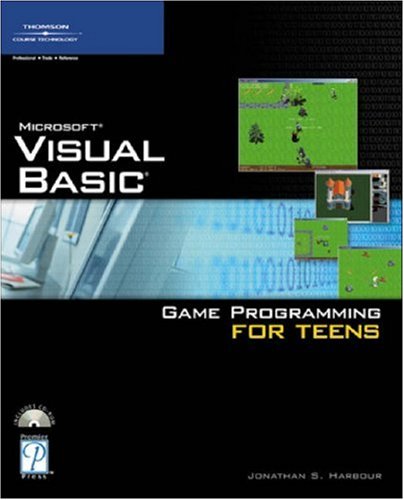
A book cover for Visual Basic Game Programming for Teens; Jonathan S. Harbour; Children's Books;